Indian journal of veterinary science and animal husbandry - Volume 14,
Year: 1944
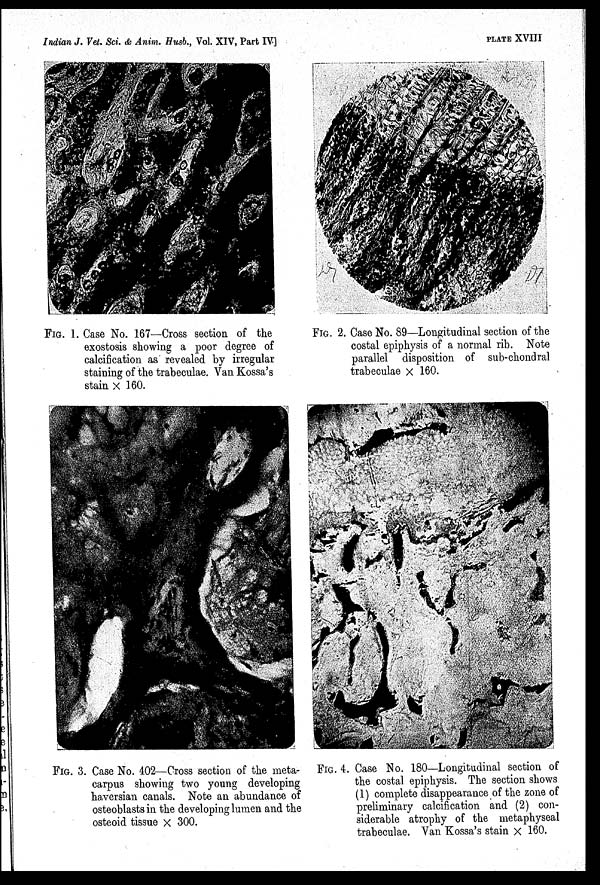
Indian J. Vet. Sci. & Anim. Husb., Vol. XIV, Part IV]
PLATE XVIII
FIG. 1. Case No. 167—Cross section of the
exostosis showing a poor degree of
calcification as revealed by irregular
staining of the trabeculae. Van Kossa's
stain × 160.
FIG. 2. Case No. 89—Longitudinal section of the
costal epiphysis of a normal rib. Note
parallel disposition of sub-chondral
trabeculae × 160.
FIG. 3. Case No. 402—Cross section of the meta-
carpus showing two young developing
haversian canals. Note an abundance of
osteoblasts in the developing lumen and the
osteoid tissue × 300.
FIG. 4. Case No. 180—Longitudinal section of
the costal epiphysis. The section shows
(1) complete disappearance of the zone of
preliminary calcification and (2) con-
siderable atrophy of the metaphyseal
trabeculae. Van Kossa's stain × 160.